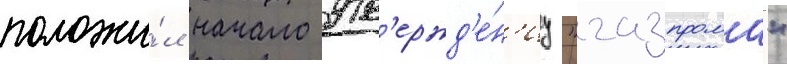
положи́л начало утв'ержд'е́н'иу "газпрома"